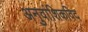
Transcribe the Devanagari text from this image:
अनुवांशिकविद